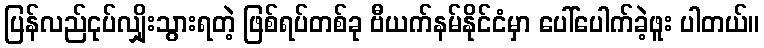
ပြန်လည်ငုပ်လျှိုးသွားရတဲ့ ဖြစ်ရပ်တစ်ခု ဗီယက်နမ်နိုင်ငံမှာ ပေါ်ပေါက်ခဲ့ဖူး ပါတယ်။